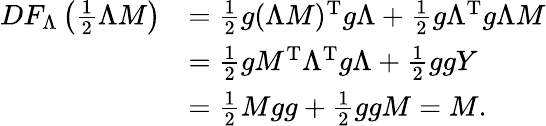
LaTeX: \begin{array}{rl}{DF_{\Lambda}\left(\frac{1}{2}\Lambda M\right)}&{=\frac{1}{2}g(\Lambda M)^{\mathrm{T}}g\Lambda+\frac{1}{2}g\Lambda^{\mathrm{T}}g\Lambda M}\\ &{=\frac{1}{2}gM^{\mathrm{T}}\Lambda^{\mathrm{T}}g\Lambda+\frac{1}{2}ggY}\\ &{=\frac{1}{2}Mgg+\frac{1}{2}ggM=M.}\end{array}